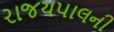
રાજયપાલની